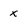
Character: x